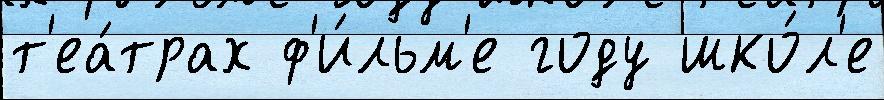
т'еа́трах ф'и́льм'е году шко́л'е